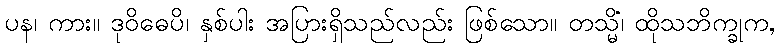
ပန၊ ကား။ ဒုဝိဓေပိ၊ နှစ်ပါး အပြားရှိသည်လည်း ဖြစ်သော။ တသ္မိံ၊ ထိုသဘိက္ခုက,